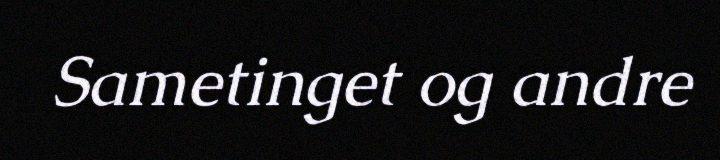
Sametinget og andre